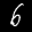
Label: 6